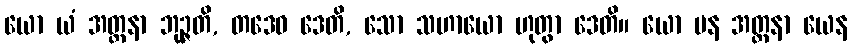
ယော ယံ အတ္တနာ ဘုဉ္ဇတိ, တဒေဝ ဒေတိ, သော သဟာယော ဟုတွာ ဒေတိ။ ယော ပန အတ္တနာ ယေန